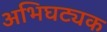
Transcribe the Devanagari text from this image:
अभिघट्यक